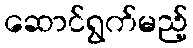
ဆောင်ရွက်မည့်